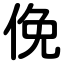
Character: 俛